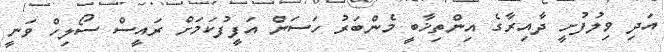
އަދި ވިލުފުށީ ދާއިރާގެ އިންތިޚާބީ މެންބަރު ހަސަން އަފީފުކަމަށް ރައީސް ސޯލިހް ވަނީ